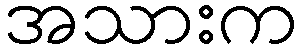
အသားက